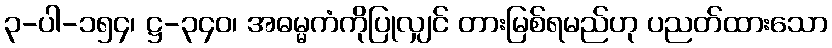
၃-ပါ-၁၅၄၊ ဋ္ဌ-၃၄၀၊ အဓမ္မကံကိုပြုလျှင် တားမြစ်ရမည်ဟု ပညတ်ထားသော